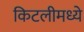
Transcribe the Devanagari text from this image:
किटलीमध्ये